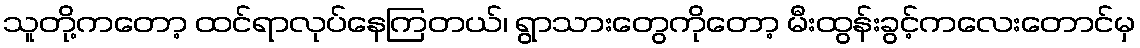
သူတို့ကတော့ ထင်ရာလုပ်နေကြတယ်၊ ရွာသားတွေကိုတော့ မီးထွန်းခွင့်ကလေးတောင်မှ